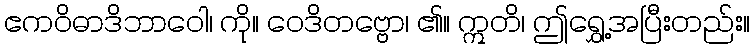
ဧကဝိဓာဒိဘာဝေါ၊ ကို။ ဝေဒိတဗ္ဗော၊ ၏။ ဣတိ၊ ဤရွှေ့အပြီးတည်း။